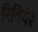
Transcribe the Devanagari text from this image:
रिवियेरे